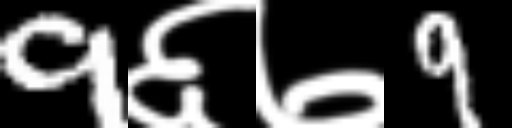
Text: 9६७9